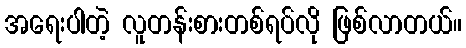
အရေးပါတဲ့ လူတန်းစားတစ်ရပ်လို ဖြစ်လာတယ်။